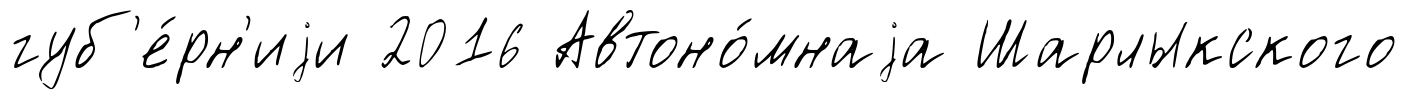
губ'е́рн'иjи 2016 Автоно́мнаjа Шарлыкского